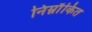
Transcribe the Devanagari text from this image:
निम्नाँकित